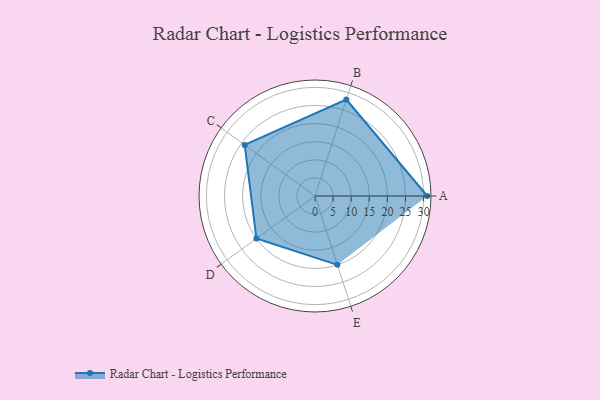
{"axis": {"x": "Skill", "y": "Score"}, "legend": ["Profile"], "data": [{"x": "A", "y": 31.0, "type": "Profile"}, {"x": "B", "y": 28.0, "type": "Profile"}, {"x": "C", "y": 24.0, "type": "Profile"}, {"x": "D", "y": 20.0, "type": "Profile"}, {"x": "E", "y": 20, "type": "Profile"}]}